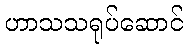
ဟာသသရုပ်ဆောင်